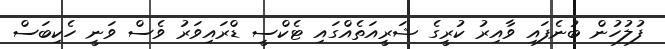
ފުލުހުން ބުނެފައި ވާއިރު ކުރީގެ ޝަރީއަތެއްގައި ޓެކްސީ ޑްރައިވަރު ވެސް ވަނީ ހެކިބަސް